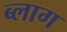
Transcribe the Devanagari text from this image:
ब्‍लाग